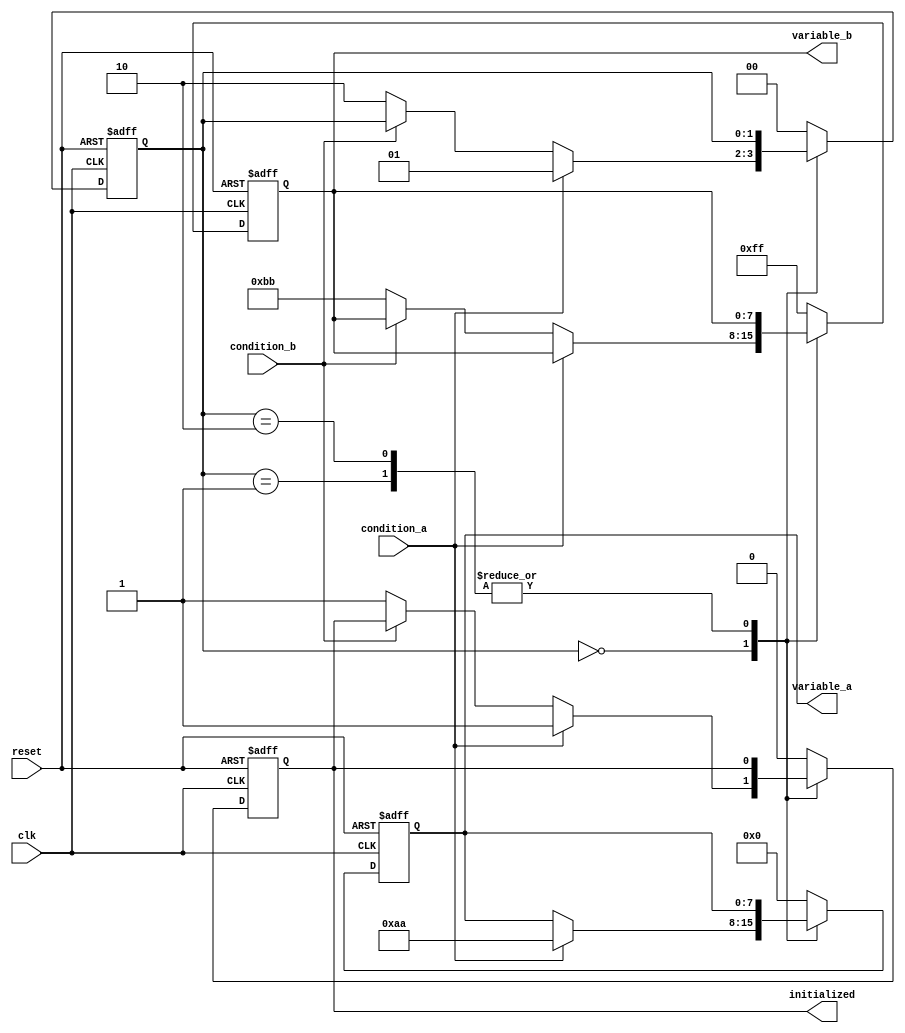
module ConditionalInitialization #(
    parameter INIT_VALUE_A = 8'h00,
    parameter INIT_VALUE_B = 8'hFF,
    parameter CONDITION_A = 1'b1,
    parameter CONDITION_B = 1'b0
)(
    input wire clk,
    input wire reset,
    input wire condition_a,
    input wire condition_b,
    output reg [7:0] variable_a,
    output reg [7:0] variable_b,
    output reg initialized
);

    // State variable to track initialization status
    reg [1:0] init_state;

    // Initialization process
    always @(posedge clk or posedge reset) begin
        if (reset) begin
            // Reset all variables to default values
            variable_a <= INIT_VALUE_A;
            variable_b <= INIT_VALUE_B;
            initialized <= 1'b0;
            init_state <= 2'b00; // Reset state
        end else begin
            // Conditional initialization based on input conditions
            case (init_state)
                2'b00: begin
                    if (condition_a == CONDITION_A) begin
                        variable_a <= 8'hAA; // Example initialization value for condition A
                        initialized <= 1'b1;
                        init_state <= 2'b01; // Move to next state
                    end else if (condition_b == CONDITION_B) begin
                        variable_b <= 8'hBB; // Example initialization value for condition B
                        initialized <= 1'b1;
                        init_state <= 2'b10; // Move to next state
                    end
                end
                2'b01: begin
                    // Additional logic can be added here if needed
                end
                2'b10: begin
                    // Additional logic can be added here if needed
                end
                default: begin
                    // Default case to handle unexpected states
                    variable_a <= INIT_VALUE_A;
                    variable_b <= INIT_VALUE_B;
                    initialized <= 1'b0;
                    init_state <= 2'b00; // Reset to initial state
                end
            endcase
        end
    end

endmodule